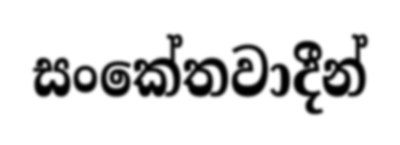
සංකේතවාදීන්